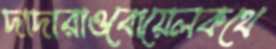
দাদারাওবোয়েলকথে